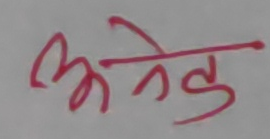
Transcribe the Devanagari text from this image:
अनेक